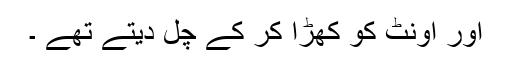
اور اونٹ کو کھڑا کر کے چل دیتے تھے ۔